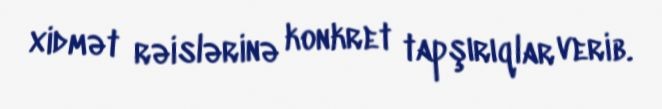
xidmət rəislərinə konkret tapşırıqlar verib.